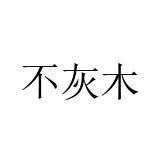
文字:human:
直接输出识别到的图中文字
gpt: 不灰木